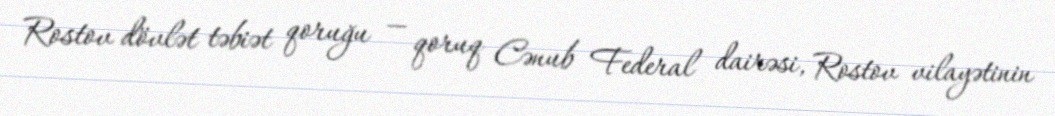
Rostov dövlət təbiət qoruğu — qoruq Cənub Federal dairəsi, Rostov vilayətinin